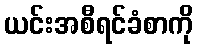
ယင်းအစီရင်ခံစာကို